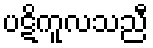
ပဋိကူလသညီ